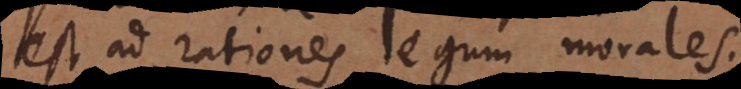
est ad rationes legum morales.